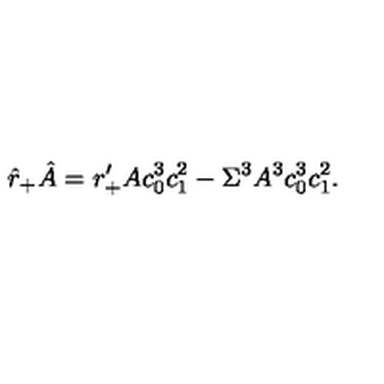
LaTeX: \hat { r } _ { + } \hat { A } = r _ { + } ^ { \prime } A c _ { 0 } ^ { 3 } c _ { 1 } ^ { 2 } - \Sigma ^ { 3 } A ^ { 3 } c _ { 0 } ^ { 3 } c _ { 1 } ^ { 2 } .